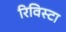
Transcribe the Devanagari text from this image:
रिविस्टा